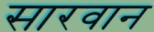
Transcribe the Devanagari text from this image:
सारवान